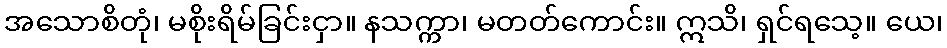
အသောစိတုံ၊ မစိုးရိမ်ခြင်းငှာ။ နသက္ကာ၊ မတတ်ကောင်း။ ဣသိ၊ ရှင်ရသေ့။ ယေ၊